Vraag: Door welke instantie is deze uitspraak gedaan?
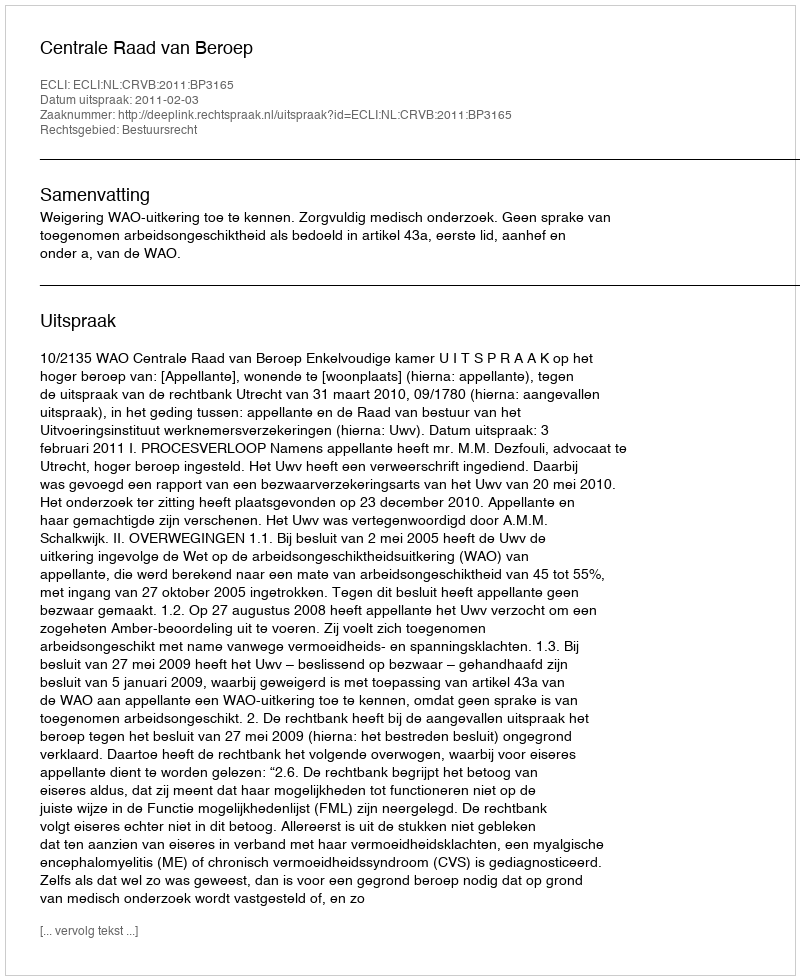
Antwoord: Centrale Raad van Beroep